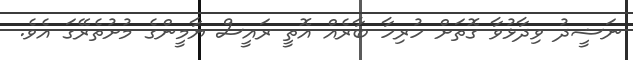
ނަޝީދު ވިދާޅުވާ ގޮތަށް ހުރިހާ ބާރެއް އޮތީ ރައީސް ޔާމީންގެ މުށުތެރޭގަ އެވެ.